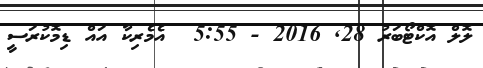
ލޮލް އޮކްޓޯބަރު 28